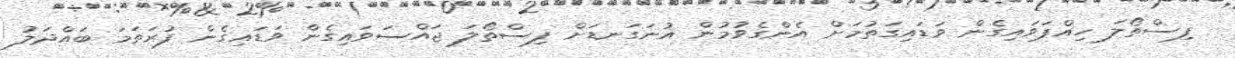
ފިސްތޯލަ ހިއްޕަވައިގެން ވަޑައިގަތުމަށް އެންގެވުމުން އުނަގަނޑަށް ފިސްތޯލަ ޖައްސަވައިގެން ވަޑައިގެން ފުރަތަމަ ބައްދަލު